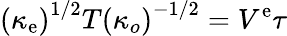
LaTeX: \left(\kappa_{\mathrm{e}}\right)^{1/2}T\left(\kappa_{o}\right)^{-1/2}=V^{\mathrm{e}}\tau